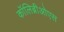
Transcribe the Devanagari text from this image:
कॉलिब्रीओएस